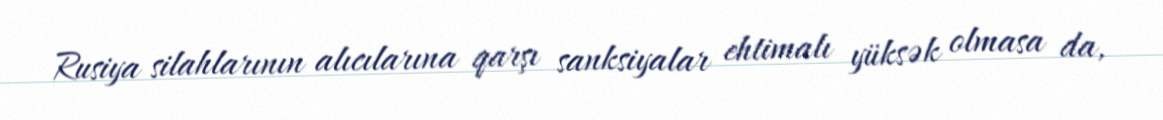
Rusiya silahlarının alıcılarına qarşı sanksiyalar ehtimalı yüksək olmasa da,